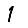
Digit: 1